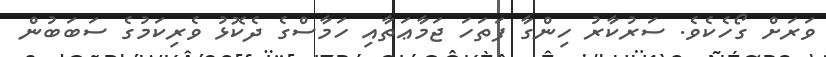
ވަރަށް ގޯހެކެވެ. ސަރުކާރު ހިންގާ ފަތަހަ ޖަމާޢަތާއި ހަމާސްގެ ދެކޮޅު ވެރިކަމުގެ ސަބަބުން